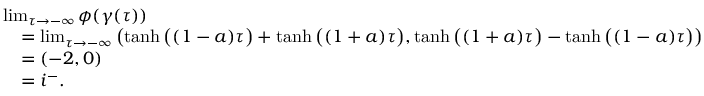
\begin{array} { r l } & { \operatorname* { l i m } _ { \tau \to - \infty } \phi ( \gamma ( \tau ) ) } \\ & { \quad = \operatorname* { l i m } _ { \tau \to - \infty } \left( \operatorname { t a n h } \big ( ( 1 - a ) \tau \big ) + \operatorname { t a n h } \big ( ( 1 + a ) \tau \big ) , \operatorname { t a n h } \big ( ( 1 + a ) \tau \big ) - \operatorname { t a n h } \big ( ( 1 - a ) \tau \big ) \right) } \\ & { \quad = ( - 2 , 0 ) } \\ & { \quad = i ^ { - } . } \end{array}